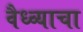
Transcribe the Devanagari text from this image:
वैध्व्याचा